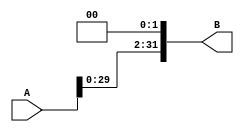
module shl2(input[31:0] A, output[31:0] B);
  assign B = {A[29:0], 2'b00};
endmodule